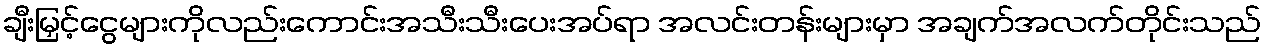
ချီးမြှင့်ငွေများကိုလည်းကောင်းအသီးသီးပေးအပ်ရာ အလင်းတန်းများမှာ အချက်အလက်တိုင်းသည်